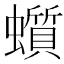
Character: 𧓳